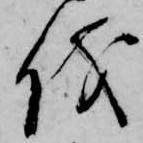
儀